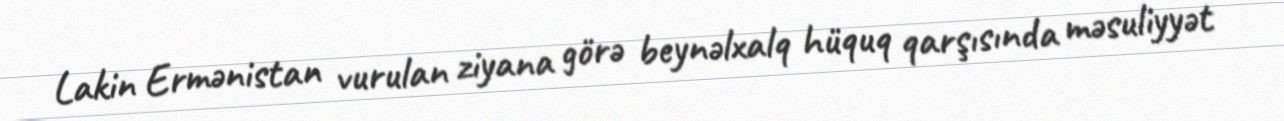
Lakin Ermənistan vurulan ziyana görə beynəlxalq hüquq qarşısında məsuliyyət